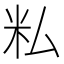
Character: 𬖎